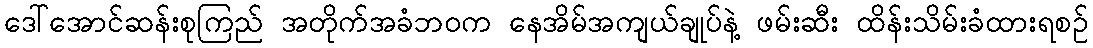
ဒေါ်အောင်ဆန်းစုကြည် အတိုက်အခံဘဝက နေအိမ်အကျယ်ချုပ်နဲ့ ဖမ်းဆီး ထိန်းသိမ်းခံထားရစဉ်